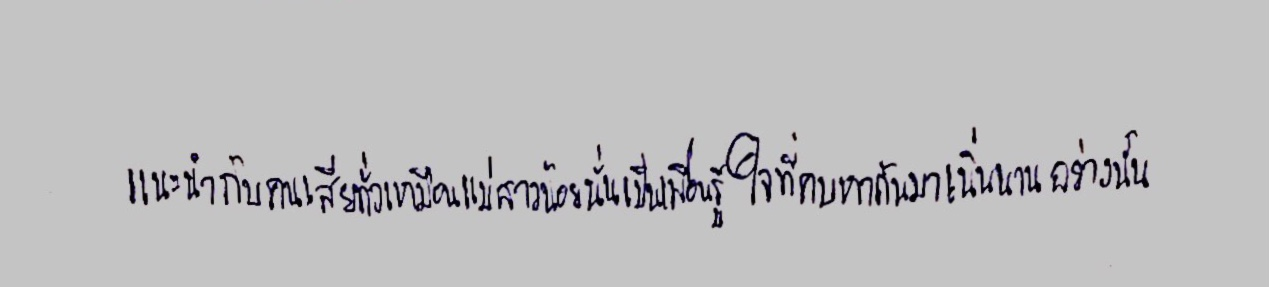
แนะนำกับคนเสียทั่วเหมือนแม่สาวน้อยนั่นเป็นเพื่อนรู้ใจที่คบหากันมาเนิ่นนานอย่างนั้น